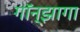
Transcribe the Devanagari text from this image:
गॉन्झागा